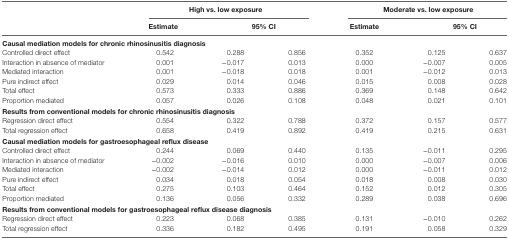
<table><thead><tr><td></td><td colspan="3"><b>High vs. low exposure</b></td><td colspan="3"><b>Moderate vs. low exposure</b></td></tr><tr><td></td><td><b>Estimate</b></td><td colspan="2"><b>95% CI</b></td><td><b>Estimate</b></td><td colspan="2"><b>95% CI</b></td></tr></thead><tbody><tr><td colspan="7"><b>Causal mediation models for chronic rhinosinusitis diagnosis</b></td></tr><tr><td>Controlled direct effect</td><td>0.542</td><td>0.288</td><td>0.856</td><td>0.352</td><td>0.125</td><td>0.637</td></tr><tr><td>Interaction in absence of mediator</td><td>0.001</td><td>−0.017</td><td>0.013</td><td>0.000</td><td>−0.007</td><td>0.005</td></tr><tr><td>Mediated interaction</td><td>0.001</td><td>−0.018</td><td>0.018</td><td>0.001</td><td>−0.012</td><td>0.013</td></tr><tr><td>Pure indirect effect</td><td>0.029</td><td>0.014</td><td>0.046</td><td>0.015</td><td>0.008</td><td>0.028</td></tr><tr><td>Total effect</td><td>0.573</td><td>0.333</td><td>0.886</td><td>0.369</td><td>0.148</td><td>0.642</td></tr><tr><td>Proportion mediated</td><td>0.057</td><td>0.026</td><td>0.108</td><td>0.048</td><td>0.021</td><td>0.101</td></tr><tr><td colspan="7"><b>Results from conventional models for chronic rhinosinusitis diagnosis</b></td></tr><tr><td>Regression direct effect</td><td>0.554</td><td>0.322</td><td>0.788</td><td>0.372</td><td>0.157</td><td>0.577</td></tr><tr><td>Total regression effect</td><td>0.658</td><td>0.419</td><td>0.892</td><td>0.419</td><td>0.215</td><td>0.631</td></tr><tr><td colspan="7"><b>Causal mediation models for gastroesophageal reflux disease</b></td></tr><tr><td>Controlled direct effect</td><td>0.244</td><td>0.069</td><td>0.440</td><td>0.135</td><td>−0.011</td><td>0.295</td></tr><tr><td>Interaction in absence of mediator</td><td>−0.002</td><td>−0.016</td><td>0.010</td><td>0.000</td><td>−0.007</td><td>0.006</td></tr><tr><td>Mediated interaction</td><td>−0.002</td><td>−0.014</td><td>0.012</td><td>0.000</td><td>−0.011</td><td>0.012</td></tr><tr><td>Pure indirect effect</td><td>0.034</td><td>0.018</td><td>0.054</td><td>0.018</td><td>0.008</td><td>0.030</td></tr><tr><td>Total effect</td><td>0.275</td><td>0.103</td><td>0.464</td><td>0.152</td><td>0.012</td><td>0.305</td></tr><tr><td>Proportion mediated</td><td>0.136</td><td>0.056</td><td>0.332</td><td>0.289</td><td>0.038</td><td>0.696</td></tr><tr><td colspan="7"><b>Results from conventional models for gastroesophageal reflux disease diagnosis</b></td></tr><tr><td>Regression direct effect</td><td>0.223</td><td>0.068</td><td>0.385</td><td>0.131</td><td>−0.010</td><td>0.262</td></tr><tr><td>Total regression effect</td><td>0.336</td><td>0.182</td><td>0.495</td><td>0.191</td><td>0.058</td><td>0.329</td></tr></tbody></table>